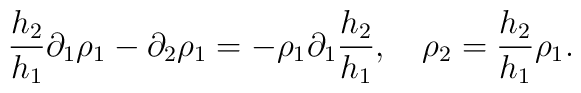
\frac{h_2}{h_1}\partial_1 \rho_1 - \partial_2 \rho_1        = - \rho_1\partial_1\frac{h_2}{h_1}, \quad\rho_2  = \frac{h_2}{h_1}\rho_1.